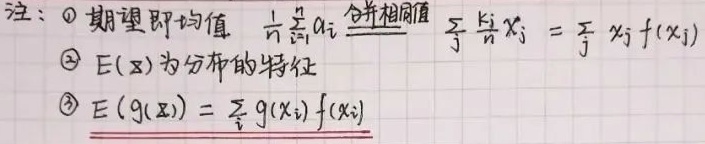
注：
\textcircled{1} 期望即均值 \(\frac{1}{n}\sum_{i = 1}^{n}a_{i}\xlongequal{合并相同值}\sum_{j}\frac{k_{j}}{n}x_{j}=\sum_{j}x_{j}f(x_{j})\)
\textcircled{2} \(E(\mathbf{x})\) 为分布的特征
\textcircled{3} \(E(g(\mathbf{x}))=\sum_{i}g(x_{i})f(x_{i})\)